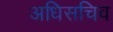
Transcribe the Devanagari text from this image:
अधिसचिव